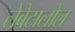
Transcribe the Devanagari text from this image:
लेबेटालोल